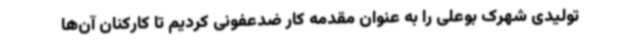
تولیدی شهرک بوعلی را به عنوان مقدمه کار ضدعفونی کردیم تا کارکنان آن‌ها